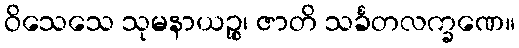
ဝိသေသေ သုမနာယဉ္စ၊ ဇာတိ သင်္ခတလက္ခဏေ။